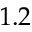
1 . 2